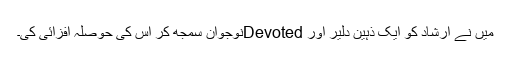
میں نے ارشاد کو ایک ذہین دلیر اور Devotedنوجوان سمجھ کر اس کی حوصلہ افزائی کی۔